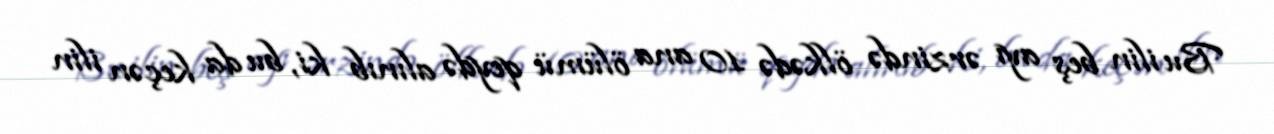
Bu ilin beş ayı ərzində ölkədə 10 ana ölümü qeydə alınıb ki, bu da keçən ilin